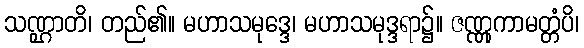
သဏ္ဌာတိ၊ တည်၏။ မဟာသမုဒ္ဒေ၊ မဟာသမုဒ္ဒရာ၌။ ဇဏ္ဏုကာမတ္တံပိ၊